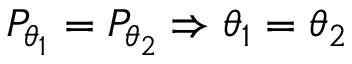
P _ { \theta _ { 1 } } = P _ { \theta _ { 2 } } \Rightarrow \theta _ { 1 } = \theta _ { 2 }